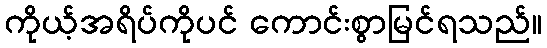
ကိုယ့်အရိပ်ကိုပင် ကောင်းစွာမြင်ရသည်။